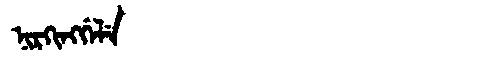
Manchu: ᠨᡳᡵᡴᡳᠩᡤᡝᠯᡝ
Romanization: NIRKINGGELE